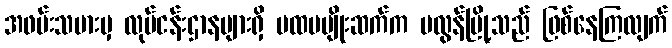
အဖမ်းသမားမှ လုပ်ငန်းဌာနများရှိ ပထမမျိုးဆက်က မလွန်မြို့သည် ဖြစ်နေကြလျက်